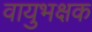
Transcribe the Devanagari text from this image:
वायुभक्षक